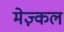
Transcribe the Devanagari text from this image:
मेज़्कल